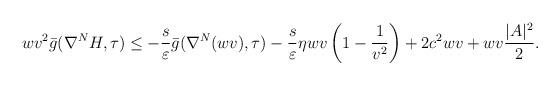
LaTeX: \begin{align*}wv^2\bar g(\nabla^N H,\tau)\leq-\frac{s}{\varepsilon}\bar g(\nabla^N (wv),\tau)&-\frac{s}{\varepsilon}\eta wv\left(1-\frac{1}{v^2}\right)+2c^2wv+ wv\frac{|A|^2}{2}.\end{align*}